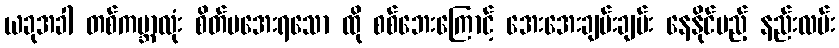
ယခုအခါ တစ်ကမ္ဘာလုံး စိတ်မအေးရသော ထို စစ်ဘေးကြောင့် အေးအေးချမ်းချမ်း နေနိုင်မည့် နည်းလမ်း